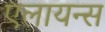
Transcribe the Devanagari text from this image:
एलायन्स